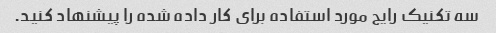
سه تکنیک رایج مورد استفاده برای کار داده شده را پیشنهاد کنید.